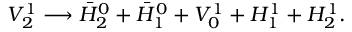
V _ { 2 } ^ { 1 } \longrightarrow \bar { H } _ { 2 } ^ { 0 } + \bar { H } _ { 1 } ^ { 0 } + V _ { 0 } ^ { 1 } + H _ { 1 } ^ { 1 } + H _ { 2 } ^ { 1 } .